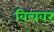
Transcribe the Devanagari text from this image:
बिचवर